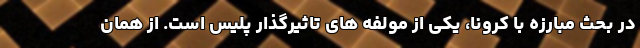
در بحث مبارزه با کرونا، یکی از مولفه های تاثیرگذار پلیس است. از همان